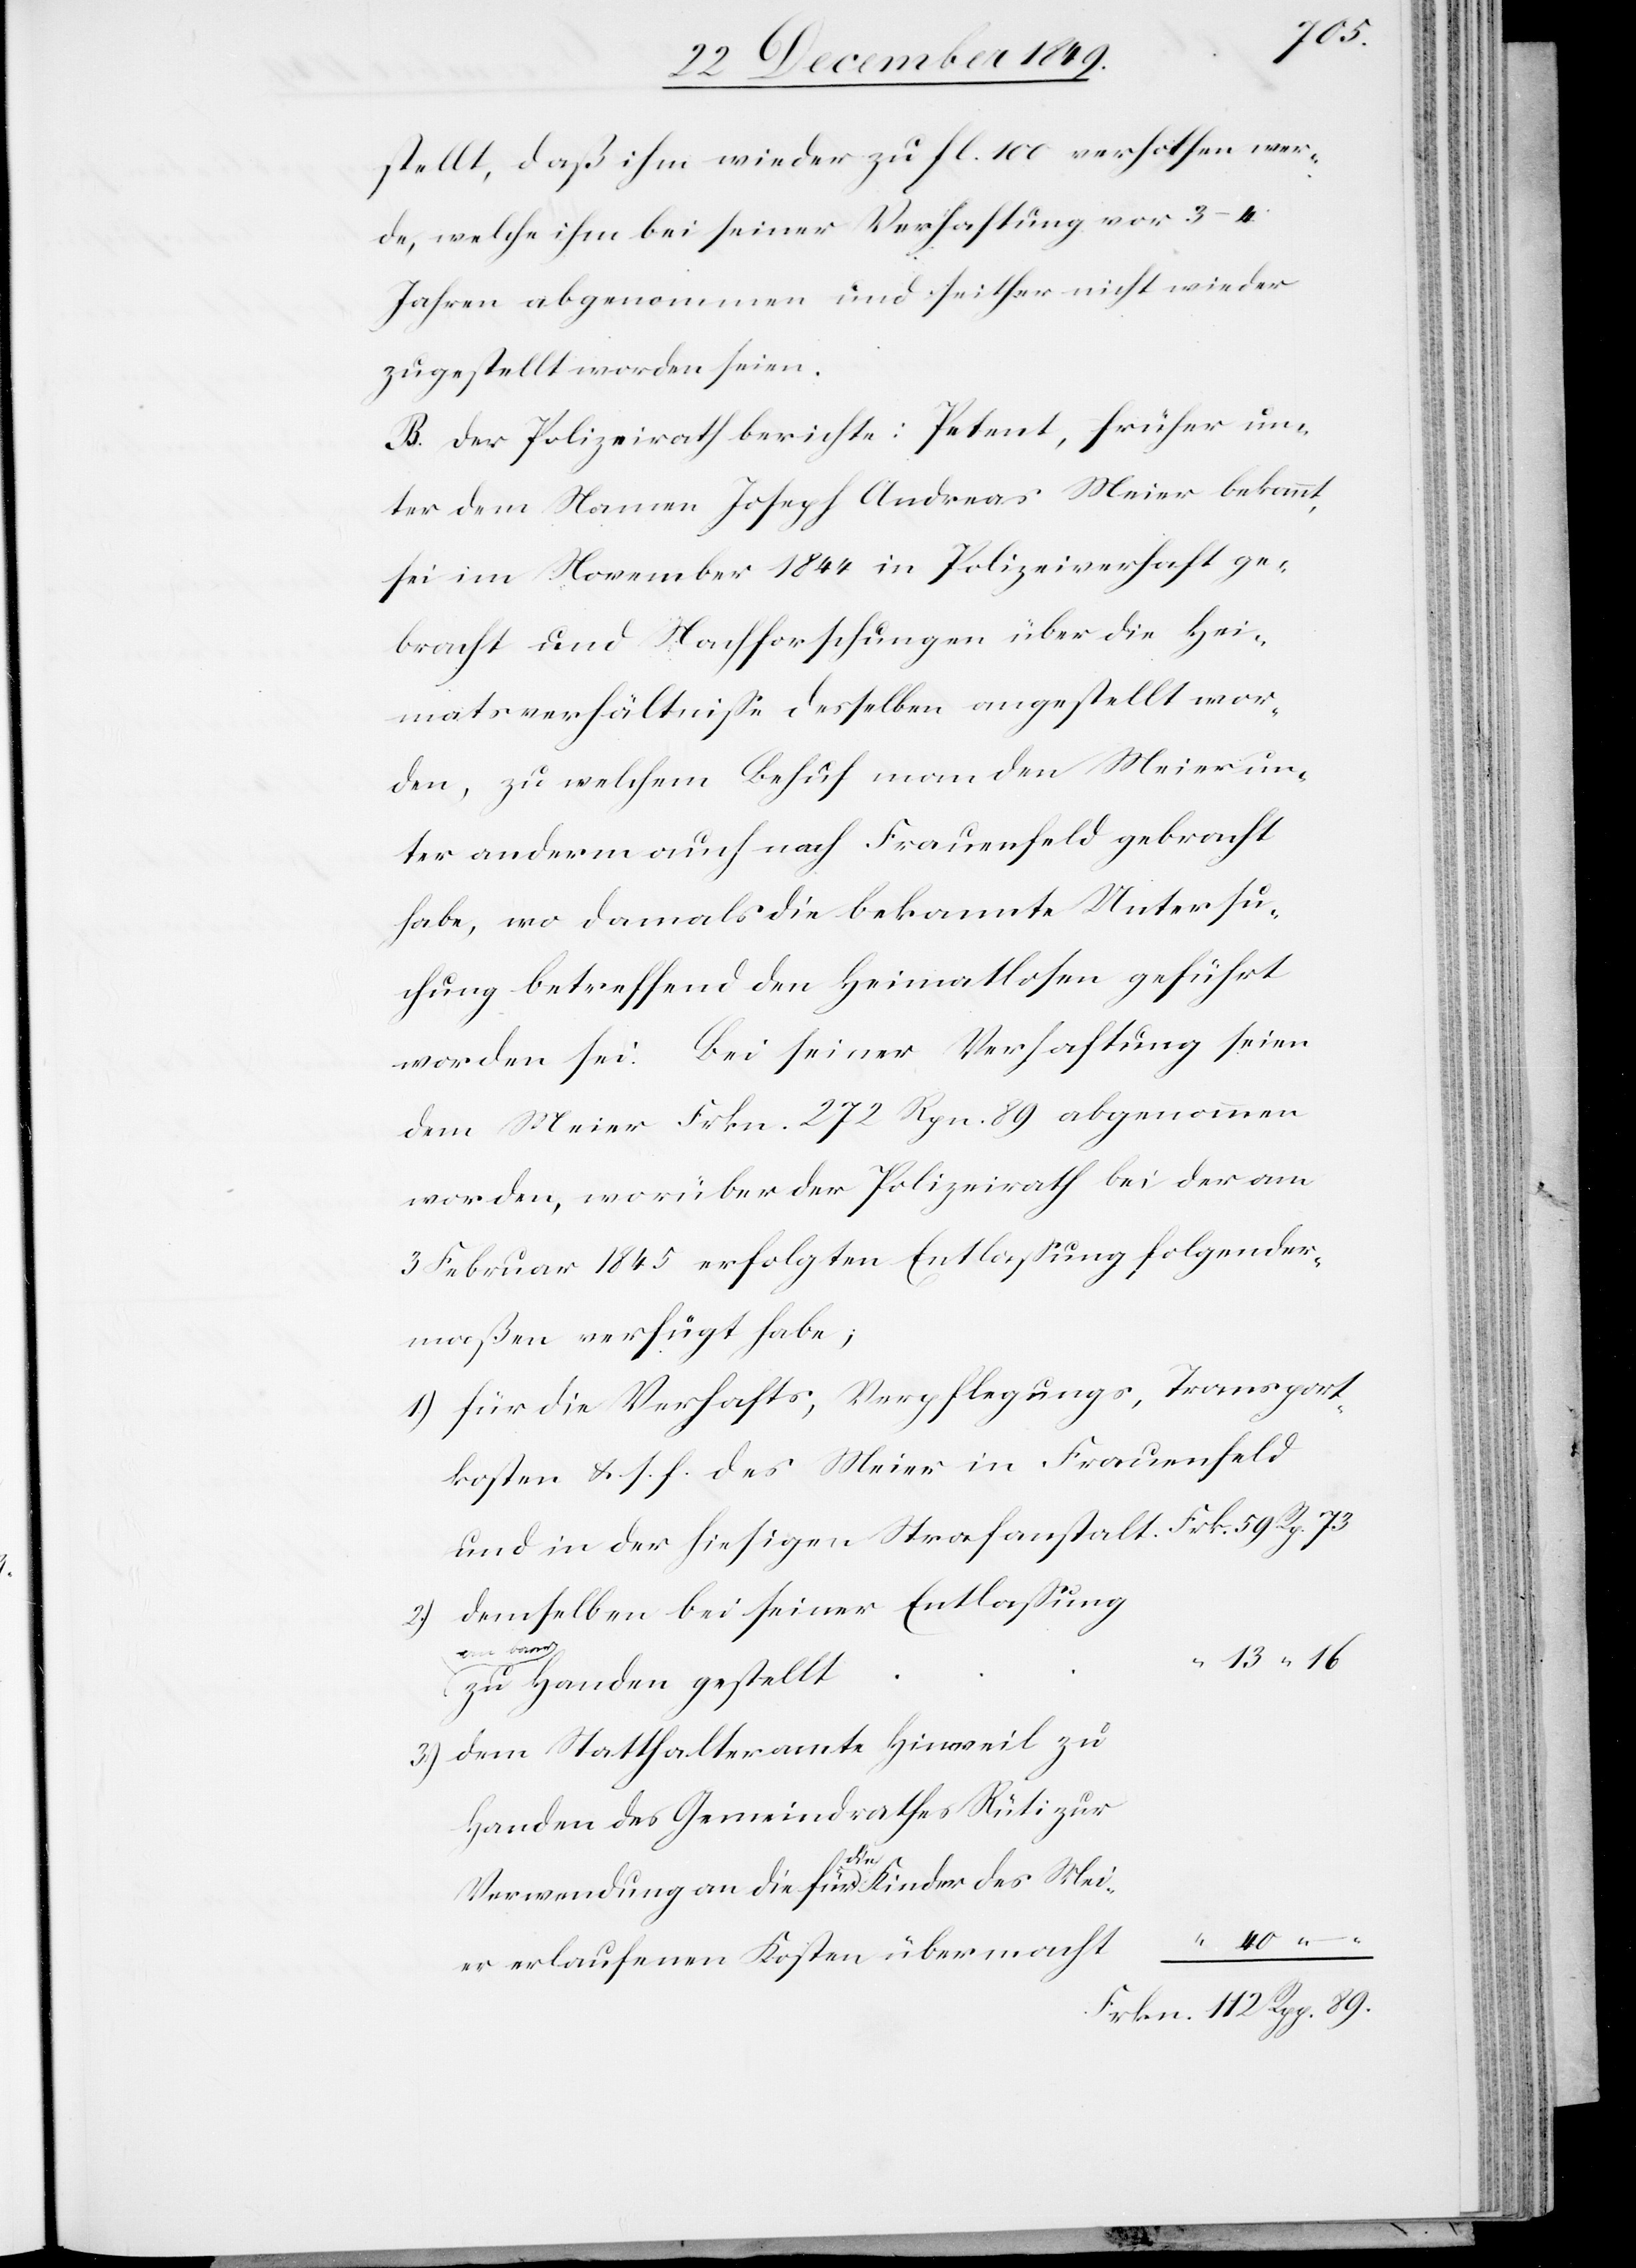
stellt, daß ihm wieder zu fl 100 verholfen wer¬
de, welche ihm bei seiner Verhaftung vor 3–4
Jahren abgenommen und seither nicht wieder
zugestellt worden seien.
B. Der Polizeirath berichte: Petent, früher un¬
ter dem Namen Joseph Andreas Meier bekannt,
sei im November 1844 in Polizeiverhaft ge¬
bracht und Nachforschungen über die Hei¬
matsverhältniße desselben angestellt wor¬
den, zu welchem Behuf man den Meier un¬
ter anderem auch nach Frauenfeld gebracht
habe, wo damals die bekannte Untersu¬
chung betreffend den Heimatlosen geführt
worden sei. Bei seiner Verhaftung seien
dem Meier Frkn. 272 Rpn. 89 abgenommen,
3 Februar 1845 erfolgten Entlaßung folgender¬
maßen verfügt habe;
1.) für die Verhaft, Verpflegungs, Transport¬
kosten u. s. f. des Meier in Frauenfeld
und in der hiesigen Strafanstalt. 						Frk. 59
demselben bei seiner Entlaßung
2.)
an
zu Handen gestellt
3.) dem Statthalteramte Hinweil zu
Handen des Gemeindrathes Rüti
er
Verwendung an die für die Kinder des Mei¬
Frkn 112 Rpp 89.